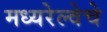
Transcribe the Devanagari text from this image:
मध्यरेल्वेचे